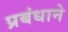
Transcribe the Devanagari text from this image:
प्रबंधाने